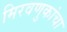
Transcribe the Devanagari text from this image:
मिरवणुकांचा